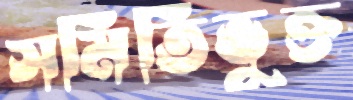
সমিতিভুক্ত